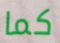
كما